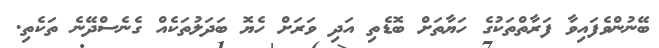
ބޭނުންވެފައިވާ ފަރާތްތަކުގެ ހަޔާތަށް ބޮޑެތި އަދި ވަރަށް ހެޔޮ ބަދަލުތަކެއް ގެނެސްދޭނެ ތަކެތި.